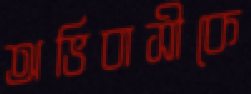
অভিবাসীকে